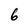
Character: 6